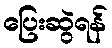
ပြေးဆွဲရန်